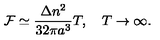
{ \cal F } \simeq \frac { \Delta n ^ { 2 } } { 3 2 \pi a ^ { 3 } } T , \quad T \to \infty { . }